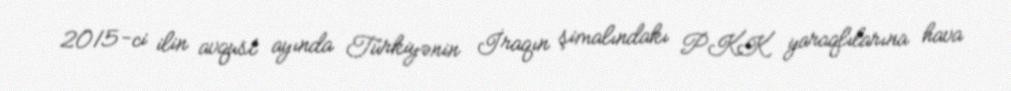
2015-ci ilin avqust ayında Türkiyənin İraqın şimalındakı PKK yaraqlılarına hava